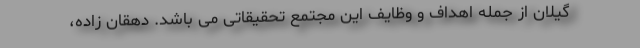
گیلان از جمله اهداف و وظایف این مجتمع تحقیقاتی می باشد. دهقان زاده،